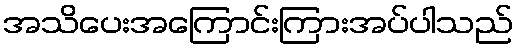
အသိပေးအကြောင်းကြားအပ်ပါသည်